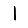
Digit: 1